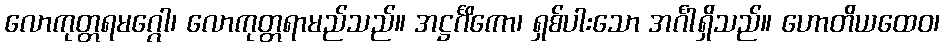
လောကုတ္တရမဂ္ဂေါ၊ လောကုတ္တရာမည်သည်။ အဋ္ဌင်္ဂိကော၊ ရှစ်ပါးသော အင်္ဂါရှိသည်။ ဟောတိယထေဝ၊